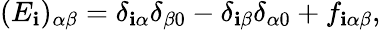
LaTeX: (E_{\mathbf{i}})_{\alpha\beta}=\delta_{\mathbf{i}\alpha}\delta_{\beta0}-\delta_{\mathbf{i}\beta}\delta_{\alpha0}+f_{\mathbf{i}\alpha\beta},